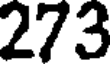
273